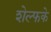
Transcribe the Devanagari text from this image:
शेल्फके